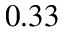
0 . 3 3